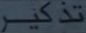
تذکیر